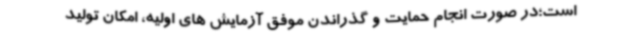
است؛در صورت انجام حمایت و گذراندن موفق آزمایش های اولیه، امکان تولید